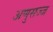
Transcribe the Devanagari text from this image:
अणुसज्ज